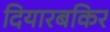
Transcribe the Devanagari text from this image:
दियारबकिर